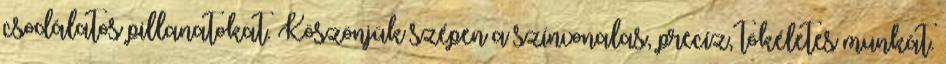
csodálatos pillanatokat. Köszönjük szépen a színvonalas, precíz, tökéletes munkát.